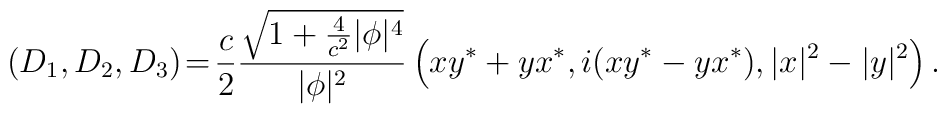
(D_1,D_2,D_3) \! = \!{c \over 2} {\sqrt{1+ {4\over c^2}|\phi|^4} \over |\phi|^2}    \left( xy^* + yx^*, i(xy^* - y x^*), |x|^2 - |y|^2 \right) .